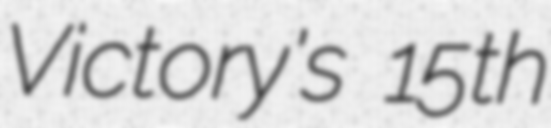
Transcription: Victory's 15th